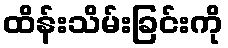
ထိန်းသိမ်းခြင်းကို